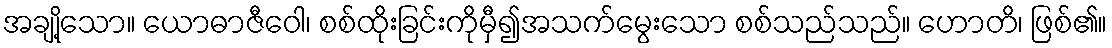
အချို့သော။ ယောဓာဇီဝေါ၊ စစ်ထိုးခြင်းကိုမှီ၍အသက်မွေးသော စစ်သည်သည်။ ဟောတိ၊ ဖြစ်၏။